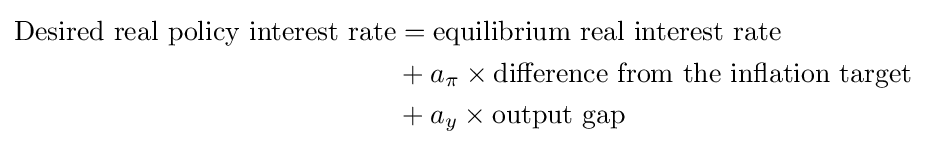
{\begin{aligned}{\mbox{Desired real policy interest rate}}&={\mbox{equilibrium real interest rate}}\\&+a_{\pi }\times {\mbox{difference from the inflation target}}\\&+a_{y}\times {\mbox{output gap}}\\\end{aligned}}